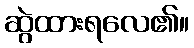
ဆွဲထားရလေ၏။